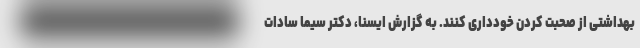
بهداشتی از صحبت کردن خودداری کنند. به گزارش ایسنا، دکتر سیما سادات